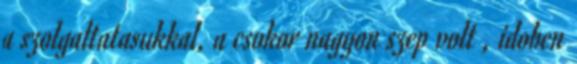
a szolgaltatasukkal, a csokor nagyon szep volt , idoben